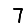
Digit: 7